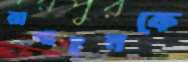
রাখাইনকে